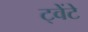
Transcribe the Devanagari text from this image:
ट्वेंटे